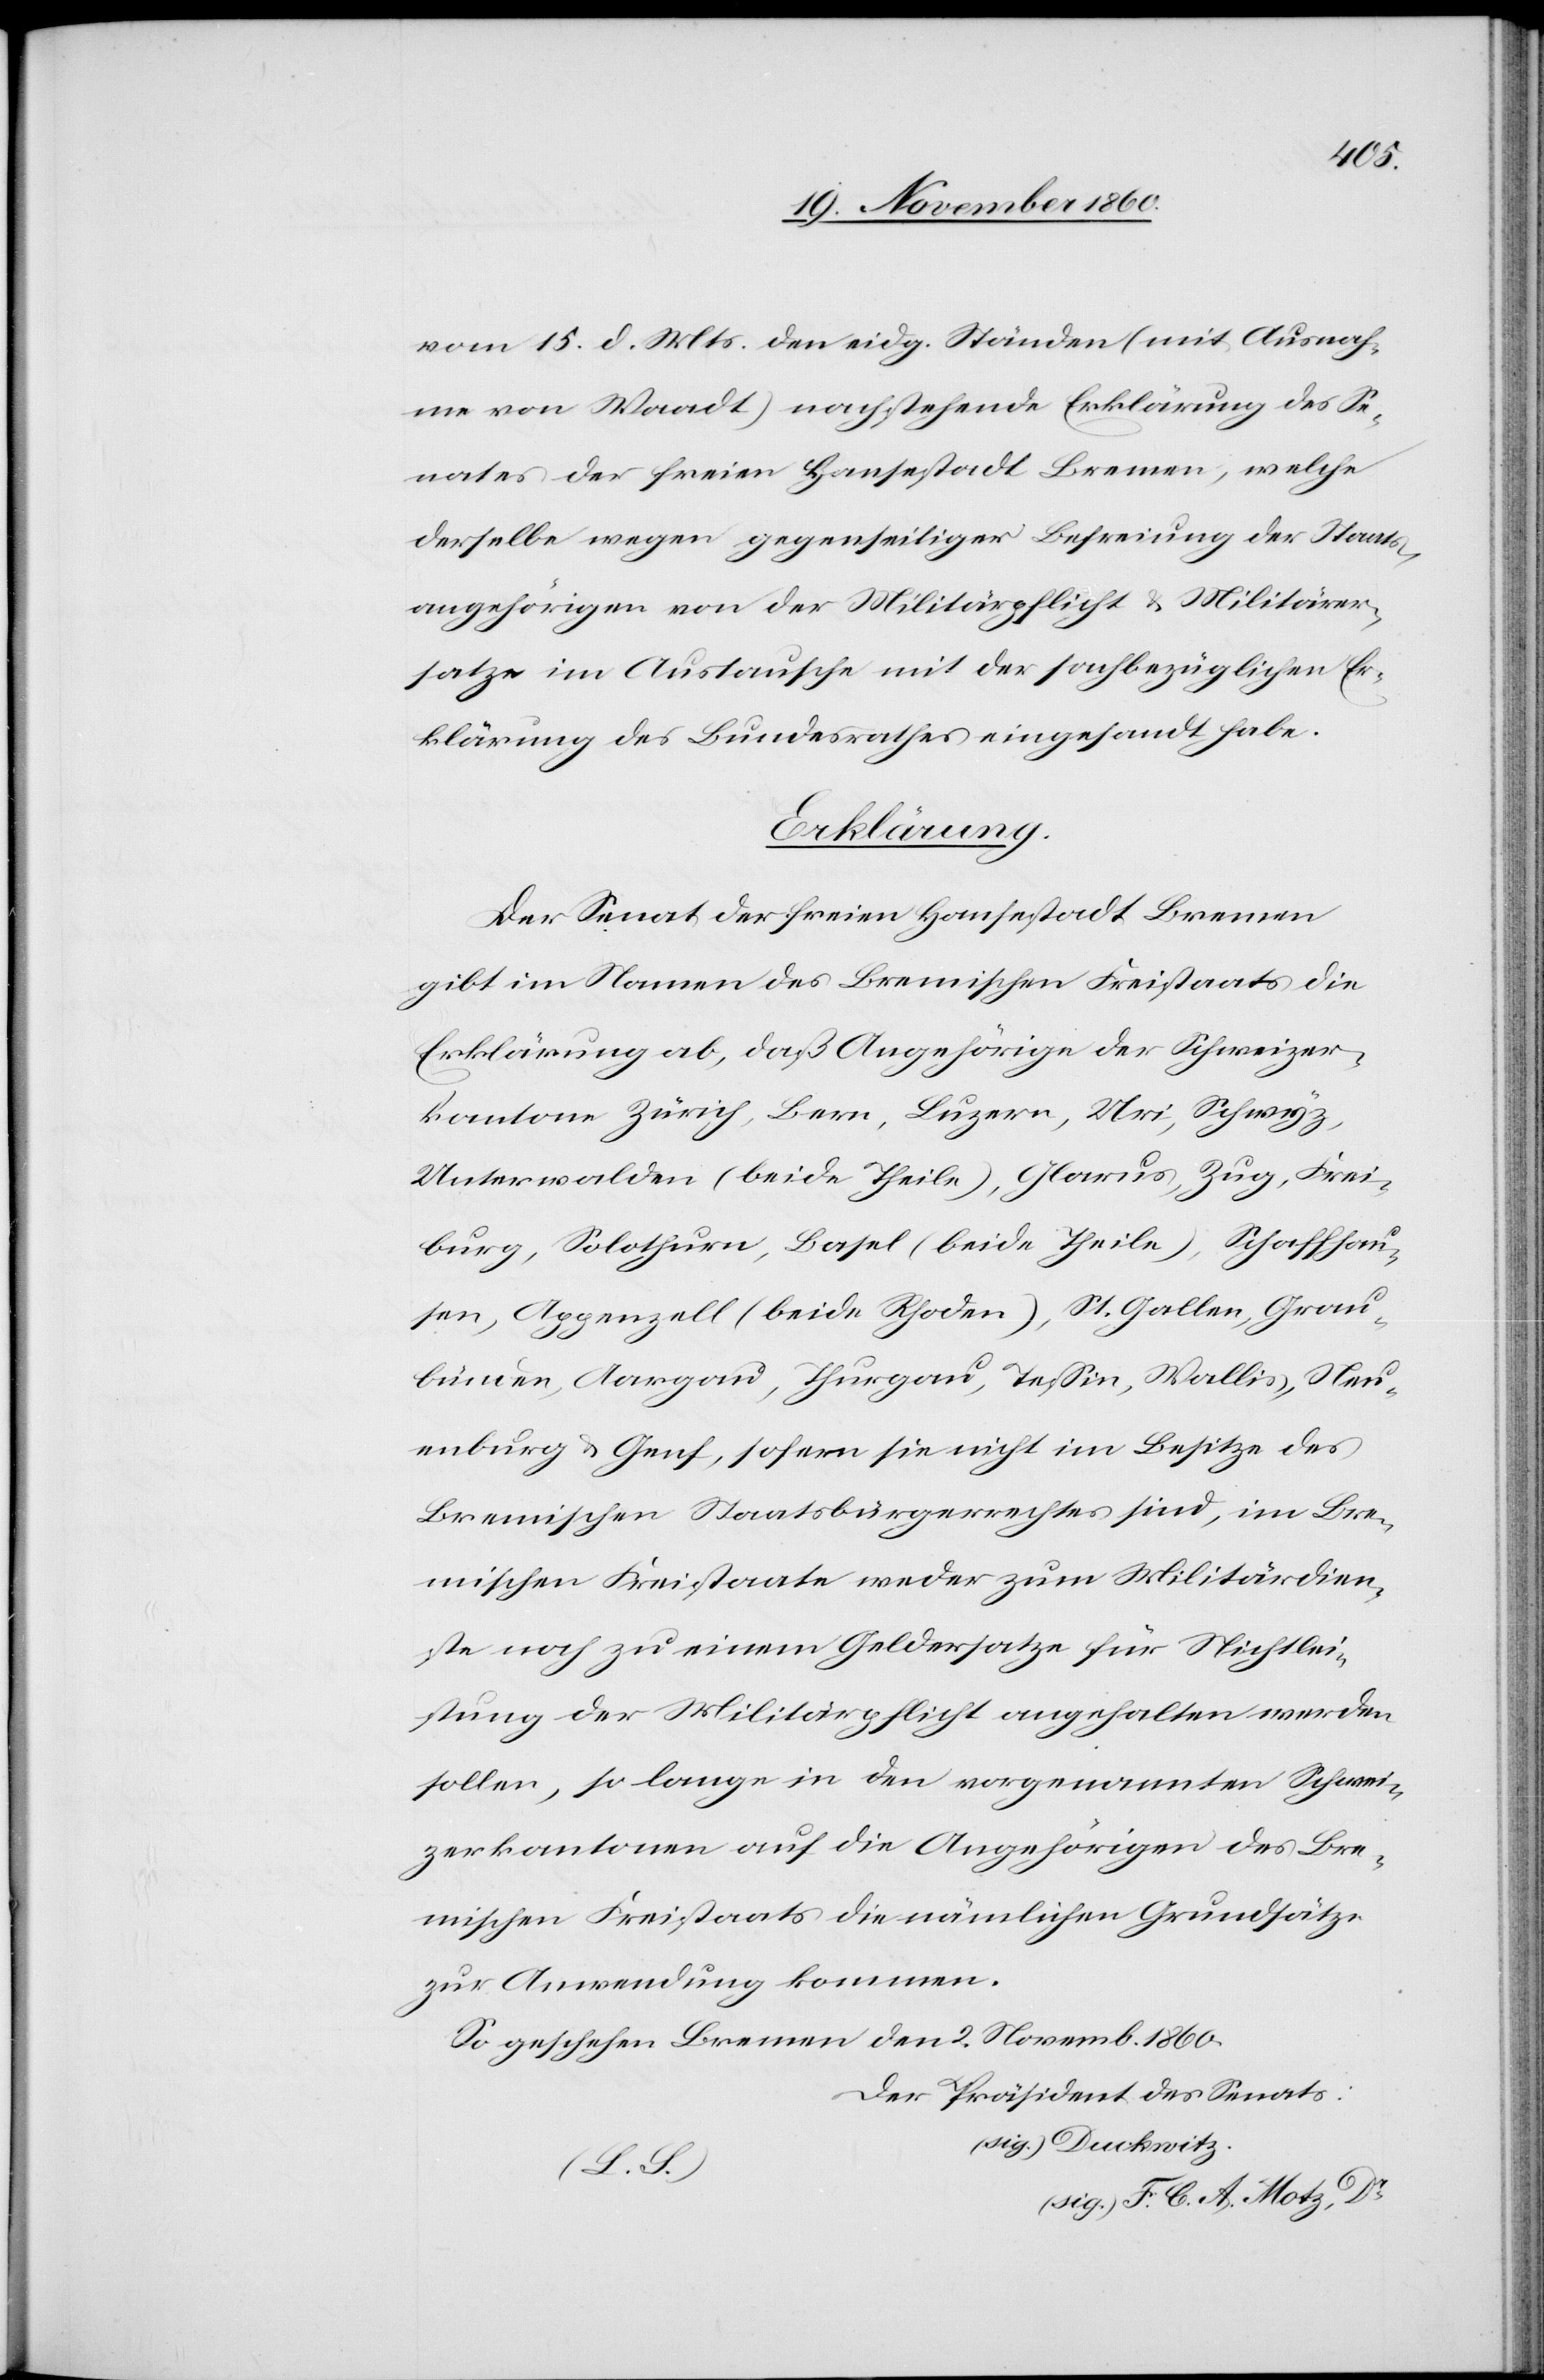
vom 15. d. Mts. den eidg. Ständen (mit Ausnah¬
me von Waadt) nachstehende Erklärung des Se¬
nates der freien Hansestadt Bremen, welche
derselbe wegen gegenseitiger Befreiung der Staats¬
angehörigen von der Militärpflicht u. Militärer¬
satze im Austausche mit der sachbezüglichen Er¬
klärung des Bundesrathes eingesandt habe.
Erklärung.
Der Senat der freien Hansestadt Bremen
gibt im Namen des Bremischen Kreisstaats die
Erklärung ab, daß Angehörige der Schweizer¬
kantone Zürich, Bern, Luzern, Uri, Schwyz,
Unterwalden (beide Theile), Glarus, Zug, Frei¬
burg, Solothurn, Basel (beide Theile), Schaffhau¬
sen, Appenzell (beide Rhoden), St. Gallen, Grau¬
bünden, Aargau, Thurgau, Tessin, Wallis, Neu¬
enburg u. Genf, sofern sie nicht im Besitze des
Bremischen Staatsbürgerrechtes sind, im Bre¬
mischen Freistaate weder zum Militärdien¬
ste noch zu einem Geldersatze für Nichtlei¬
stung der Militärpflicht angehalten werden
sollen, so lang ein den vorgenannten Schwei¬
zerkantonen auf die Angehörigen des Bre¬
mischen Kreisstaats die nämlichen Grundsätze
zur Anwendung kommen.
So geschehen Bremen den 2. Novemb. 1860
Der Präsident des Senats:
(sig.) Duckwitz.
(L. L.)
(sig.) F. C. A. Motz, Dr.